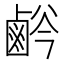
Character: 𱊸